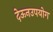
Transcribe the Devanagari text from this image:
देऊनउपयोग